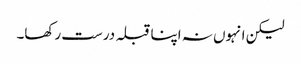
لیکن انہوں نہ اپنا قبلہ درست رکھا۔